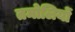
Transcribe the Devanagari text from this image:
तमोलियों